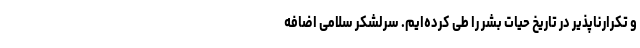
و تکرارناپذیر در تاریخ حیات بشر را طی کرده‌ایم. سرلشکر سلامی اضافه